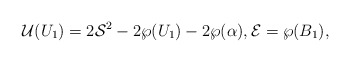
\begin{align*} \mathcal{U}(U_1) = 2 \mathcal{S}^2 -2\wp(U_1)-2\wp(\alpha),\mathcal{E}=\wp(B_1),\end{align*}